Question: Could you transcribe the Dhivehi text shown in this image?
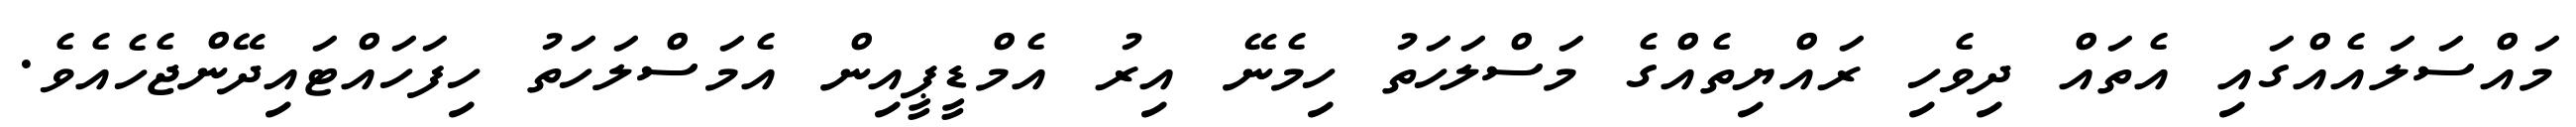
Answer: މައްސަލައެއްގައި އެތައް ދިވެހި ރައްޔިތެއްގެ މަސްލަހަތު ހިމެނޭ އިރު އެމްޑީޕީއިން އެމަސްލަހަތު ހިފަހައްޓައިދޭންޖެހެއެވެ.